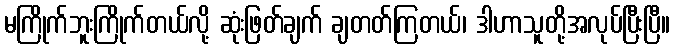
မကြိုက်ဘူးကြိုက်တယ်လို့ ဆုံးဖြတ်ချက် ချတတ်ကြတယ်၊ ဒါဟာသူတို့အလုပ်ပြီးပြီ။